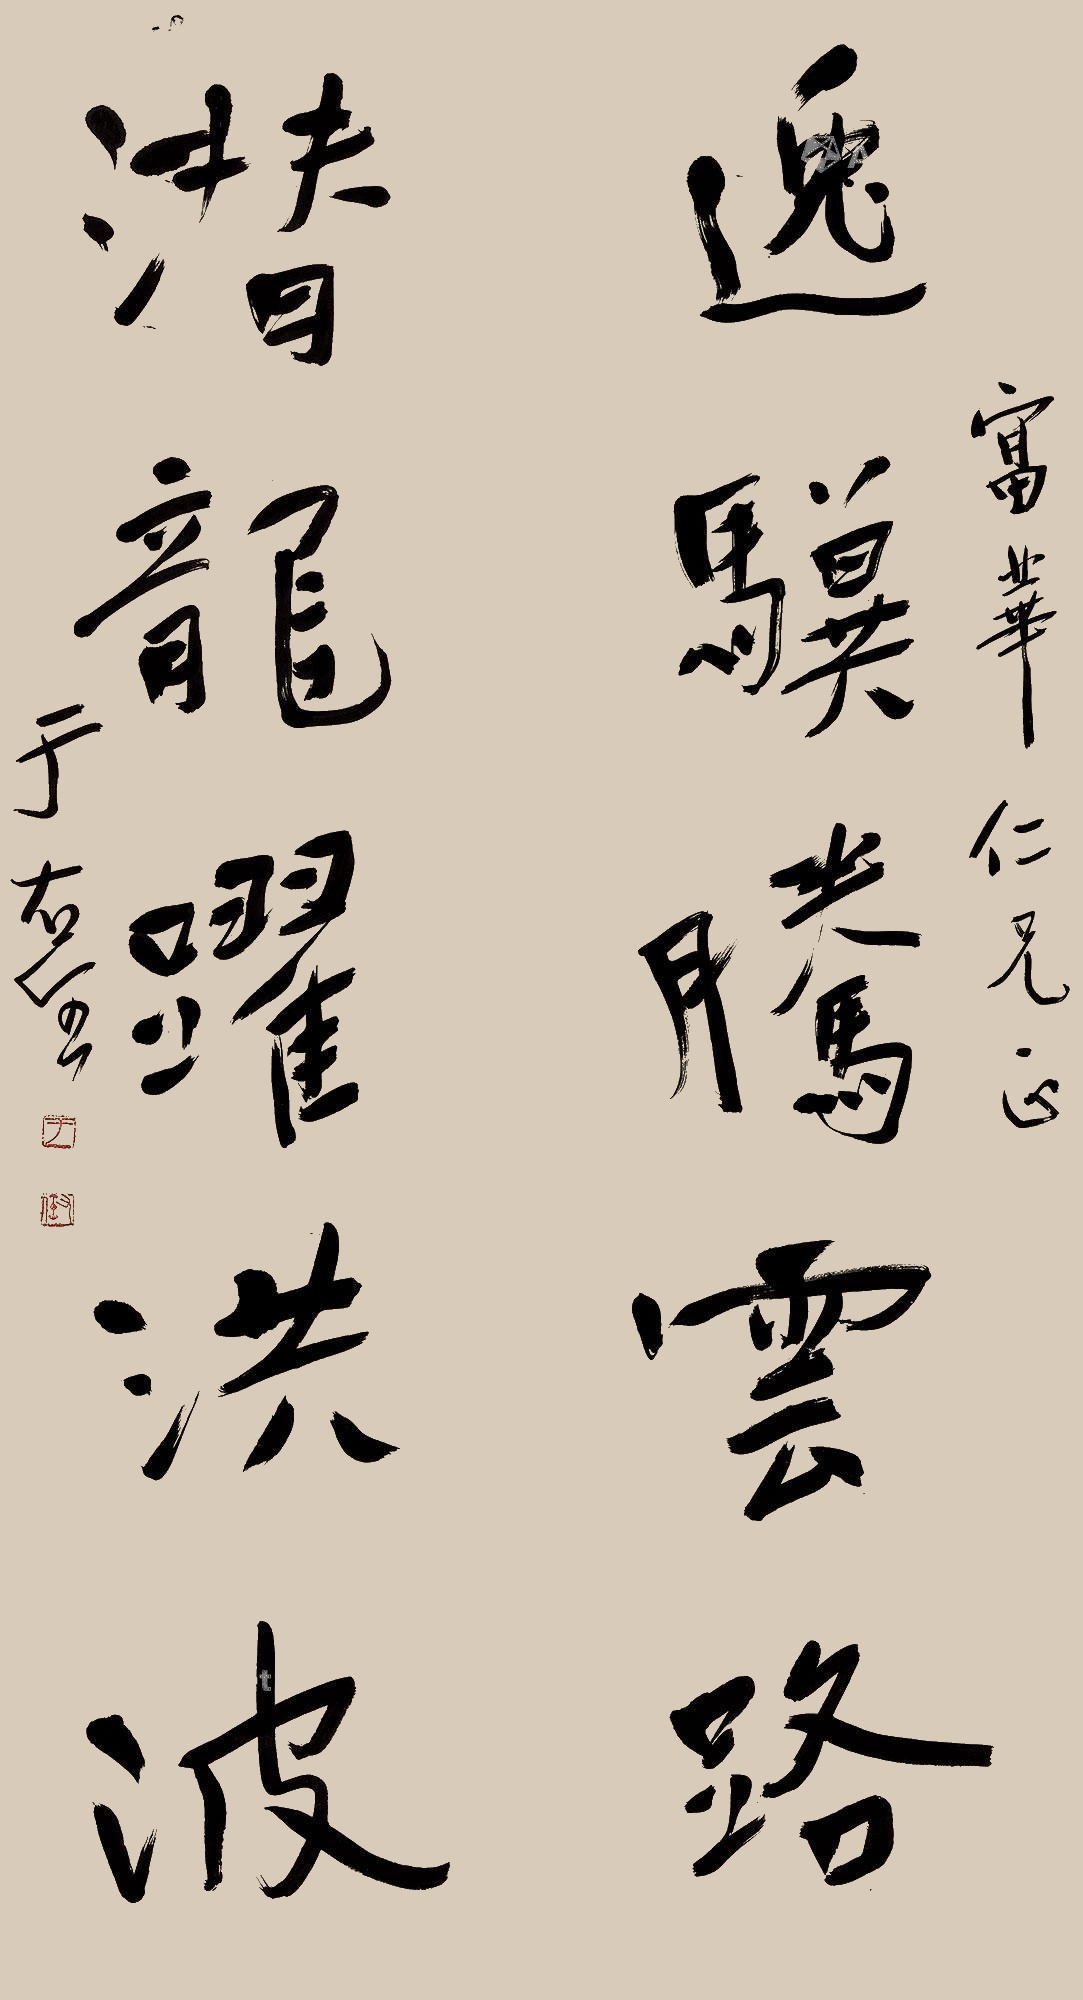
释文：逸骥腾云路，潜龙跃洪波。富华仁兄正，于右任。